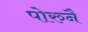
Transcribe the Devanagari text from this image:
पोरुनै